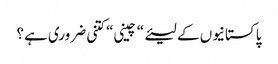
پاکستانیوں کے لیئے“ چینی“ کتنی ضروری ہے؟